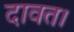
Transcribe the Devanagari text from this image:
दावत।